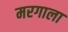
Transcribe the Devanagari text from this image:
मरगाला